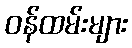
ဝန်ထမ်းများ